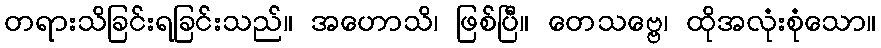
တရားသိခြင်းရခြင်းသည်။ အဟောသိ၊ ဖြစ်ပြီ။ တေသဗ္ဗေ၊ ထိုအလုံးစုံသော။